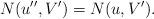
LaTeX: \begin{align*}N(u'',V')=N(u,V').\end{align*}